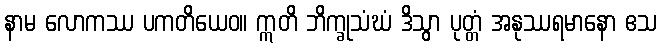
နာမ လောကဿ ပကတိယေဝ။ ဣတိ ဘိက္ခုသံဃံ ဒိသွာ ပုတ္တံ အနုဿရမာနော ဧသ